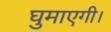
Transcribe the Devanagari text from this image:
घुमाएगी।